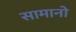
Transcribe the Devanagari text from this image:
सामानो